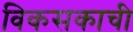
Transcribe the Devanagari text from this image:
विकसकाची